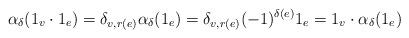
LaTeX: \begin{align*}\alpha_\delta (1_v \cdot 1_e) = \delta_{v, r(e)} \alpha_\delta (1_e) = \delta_{v, r(e)}(-1)^{\delta (e)} 1_e = 1_v \cdot \alpha_\delta (1_e)\end{align*}